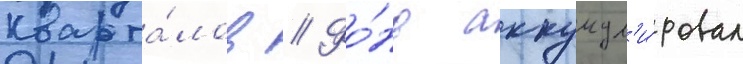
кварта́лов // Фо́нд аккумул'и́ровал